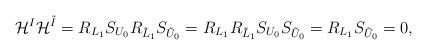
LaTeX: \begin{align*}\mathcal{H}^I\mathcal{H}^{\tilde{I}}=R_{L_1}S_{U_0}R_{\tilde{L}_1}S_{\tilde{U}_0}=R_{L_1}R_{\tilde{L}_1}S_{U_0}S_{\tilde{U}_0}=R_{L_1}S_{\tilde{U}_0}=0,\end{align*}